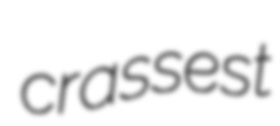
crassest